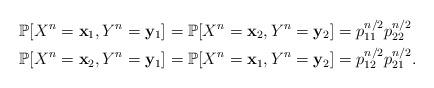
LaTeX: \begin{align*}&\mathbb{P}[X^n=\mathbf{x}_1, Y^n=\mathbf{y}_1]=\mathbb{P}[X^n=\mathbf{x}_2, Y^n=\mathbf{y}_2]=p_{11}^{n/2}p_{22}^{n/2} \\&\mathbb{P}[X^n=\mathbf{x}_2, Y^n=\mathbf{y}_1]=\mathbb{P}[X^n=\mathbf{x}_1, Y^n=\mathbf{y}_2]=p_{12}^{n/2}p_{21}^{n/2}.\end{align*}